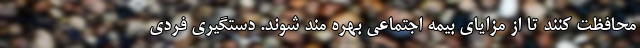
محافظت کنند تا از مزایای بیمه اجتماعی بهره مند شوند. دستگیری فردی